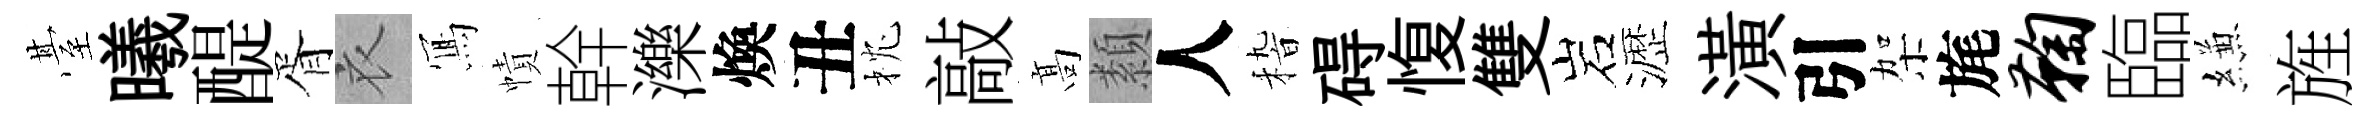
䑓曦醍胥衣𭂁幘幹濼煥丑枕敲髙纇人𥟵碍愎雙岩瀝潢引架旄鞠臨縑旌